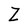
Character: Z